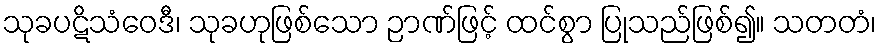
သုခပဋိသံဝေဒီ၊ သုခဟုဖြစ်သော ဉာဏ်ဖြင့် ထင်စွာ ပြုသည်ဖြစ်၍။ သတတံ၊